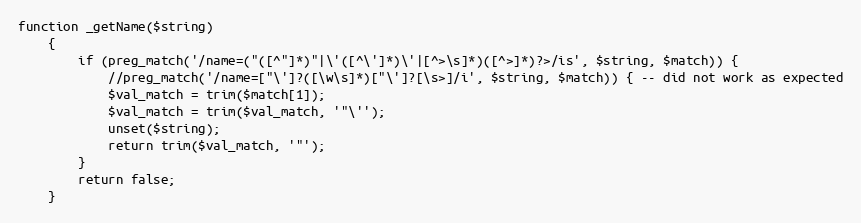
Language: PHP
function _getName($string)
	{
		if (preg_match('/name=("([^"]*)"|\'([^\']*)\'|[^>\s]*)([^>]*)?>/is', $string, $match)) {
			//preg_match('/name=["\']?([\w\s]*)["\']?[\s>]/i', $string, $match)) { -- did not work as expected
			$val_match = trim($match[1]);
			$val_match = trim($val_match, '"\'');
			unset($string);
			return trim($val_match, '"');
		}
		return false;
	}